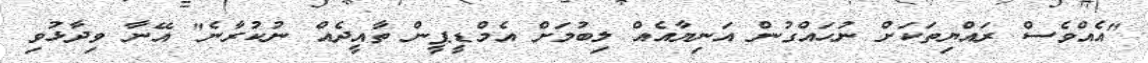
"އެއްވެސް ރައްޔިތަކަށް ނުހައްގުން އަނިޔާއެއް ލިބުމަށް އެމްޑީޕީން ތާއީދެއް ނުކުރާނެ" އޭނާ ވިދާޅުވި